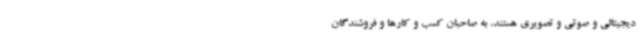
دیجیتالی و صوتی و تصویری هستند، به صاحبان کسب و کارها و فروشندگان